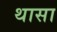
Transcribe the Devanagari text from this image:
थासा